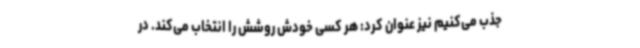
جذب می‌کنیم نیز عنوان کرد:‌ هر کسی خودش روشش را انتخاب می‌کند. در